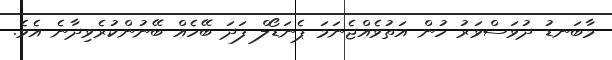
މާބަނޑު ދުވަސްވަރު ހުން އަތުވެއްޖެނަމަ ޕެނަޑޯލް ފަދަ ބޭހެއް ބޭނުންކުރެވިދާނެ އެވެ.